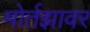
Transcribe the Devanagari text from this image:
मोर्तझावर